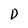
Character: D